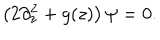
\left( 2 \partial _ { z } ^ { 2 } + g ( z ) \right) \psi = 0 .